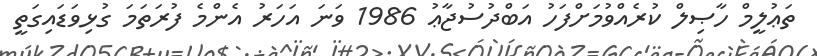
ތަޢުލީމް ހާޞިލް ކުރެއްވުމަށްފަހު އަބްދުސުޖާޢު 1986 ވަނަ އަހަރު އެންމެ ފުރަތަމަ ގުޅިވަޑައިގަތީ